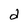
Character: d